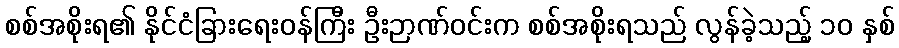
စစ်အစိုးရ၏ နိုင်ငံခြားရေးဝန်ကြီး ဦးဉာဏ်ဝင်းက စစ်အစိုးရသည် လွန်ခဲ့သည့် ၁၀ နှစ်